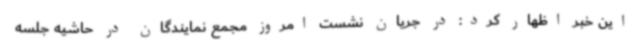
این خبر اظهار کرد: در جریان نشست امروز مجمع نمایندگان در حاشیه جلسه